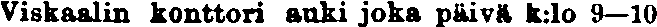
Viskaalin konttori auki joka päivä k:lo 9—10